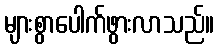
များစွာပေါက်ဖွားလာသည်။